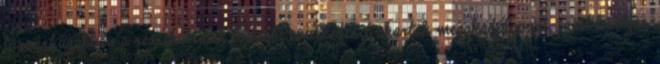
társasházakban a rezsihátralék további emelkedését akarták megakadályozni, ezért kártyás